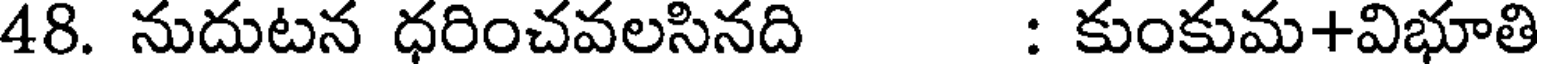
48. నుదుటన ధరించవలసినది : కుంకుమ+విభూతి